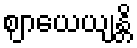
ဈာယေယျန္တိ